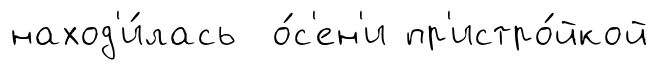
наход'и́лась о́с'ен'и пр'истро́йкой